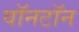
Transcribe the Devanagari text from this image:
वॉनटॉन